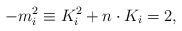
LaTeX: \begin{align*}-m_{i}^{2}\equiv K_{i}^{2}+n\cdot K_{i}=2,\end{align*}